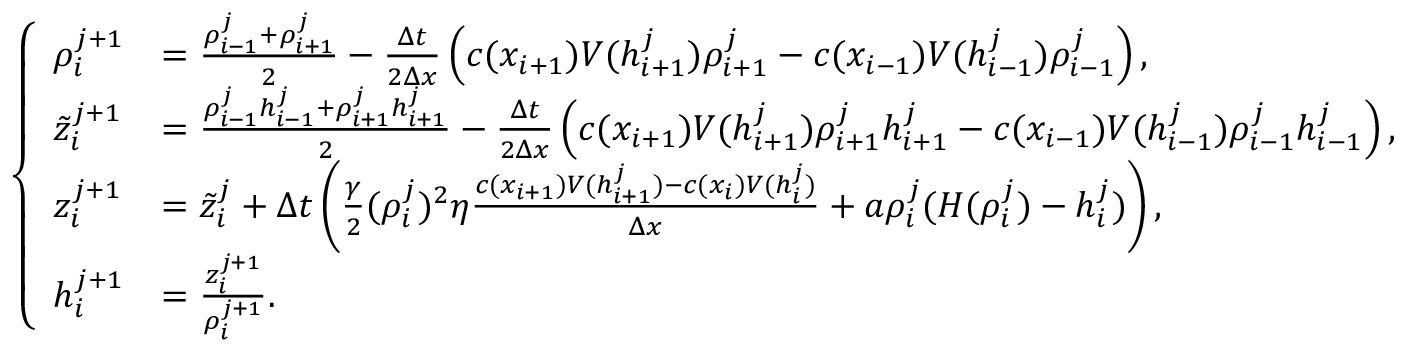
\begin{array} { r } { \left\{ \begin{array} { l l } { \rho _ { i } ^ { j + 1 } } & { = \frac { \rho _ { i - 1 } ^ { j } + \rho _ { i + 1 } ^ { j } } { 2 } - \frac { \Delta t } { 2 \Delta x } \left( c ( x _ { i + 1 } ) V ( h _ { i + 1 } ^ { j } ) \rho _ { i + 1 } ^ { j } - c ( x _ { i - 1 } ) V ( h _ { i - 1 } ^ { j } ) \rho _ { i - 1 } ^ { j } \right) , } \\ { \tilde { z } _ { i } ^ { j + 1 } } & { = \frac { \rho _ { i - 1 } ^ { j } h _ { i - 1 } ^ { j } + \rho _ { i + 1 } ^ { j } h _ { i + 1 } ^ { j } } { 2 } - \frac { \Delta t } { 2 \Delta x } \left( c ( x _ { i + 1 } ) V ( h _ { i + 1 } ^ { j } ) \rho _ { i + 1 } ^ { j } h _ { i + 1 } ^ { j } - c ( x _ { i - 1 } ) V ( h _ { i - 1 } ^ { j } ) \rho _ { i - 1 } ^ { j } h _ { i - 1 } ^ { j } \right) , } \\ { z _ { i } ^ { j + 1 } } & { = \tilde { z } _ { i } ^ { j } + \Delta t \left( \frac { \gamma } { 2 } ( \rho _ { i } ^ { j } ) ^ { 2 } \eta \frac { c ( x _ { i + 1 } ) V ( h _ { i + 1 } ^ { j } ) - c ( x _ { i } ) V ( h _ { i } ^ { j } ) } { \Delta x } + a \rho _ { i } ^ { j } ( H ( \rho _ { i } ^ { j } ) - h _ { i } ^ { j } ) \right) , } \\ { h _ { i } ^ { j + 1 } } & { = \frac { z _ { i } ^ { j + 1 } } { \rho _ { i } ^ { j + 1 } } . } \end{array} \right. } \end{array}